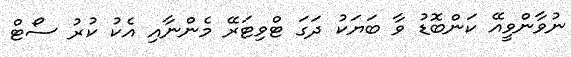
ނުވާންވީއޭ ކަންބޮޑު ވާ ބަޔަކު ދަގަ ޓްވިޓަރޭ މެންނާއި އެކު ކުރު ސޯޓް